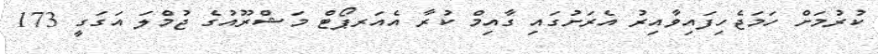
ކުރުމަށް ހަމަޖެހިފައިވާއިރު އެރަށުގައި ގާއިމް ކުރާ އެއަރޕޯޓް މަޝްރޫއުގެ ޖުމްލަ އަގަގީ 173